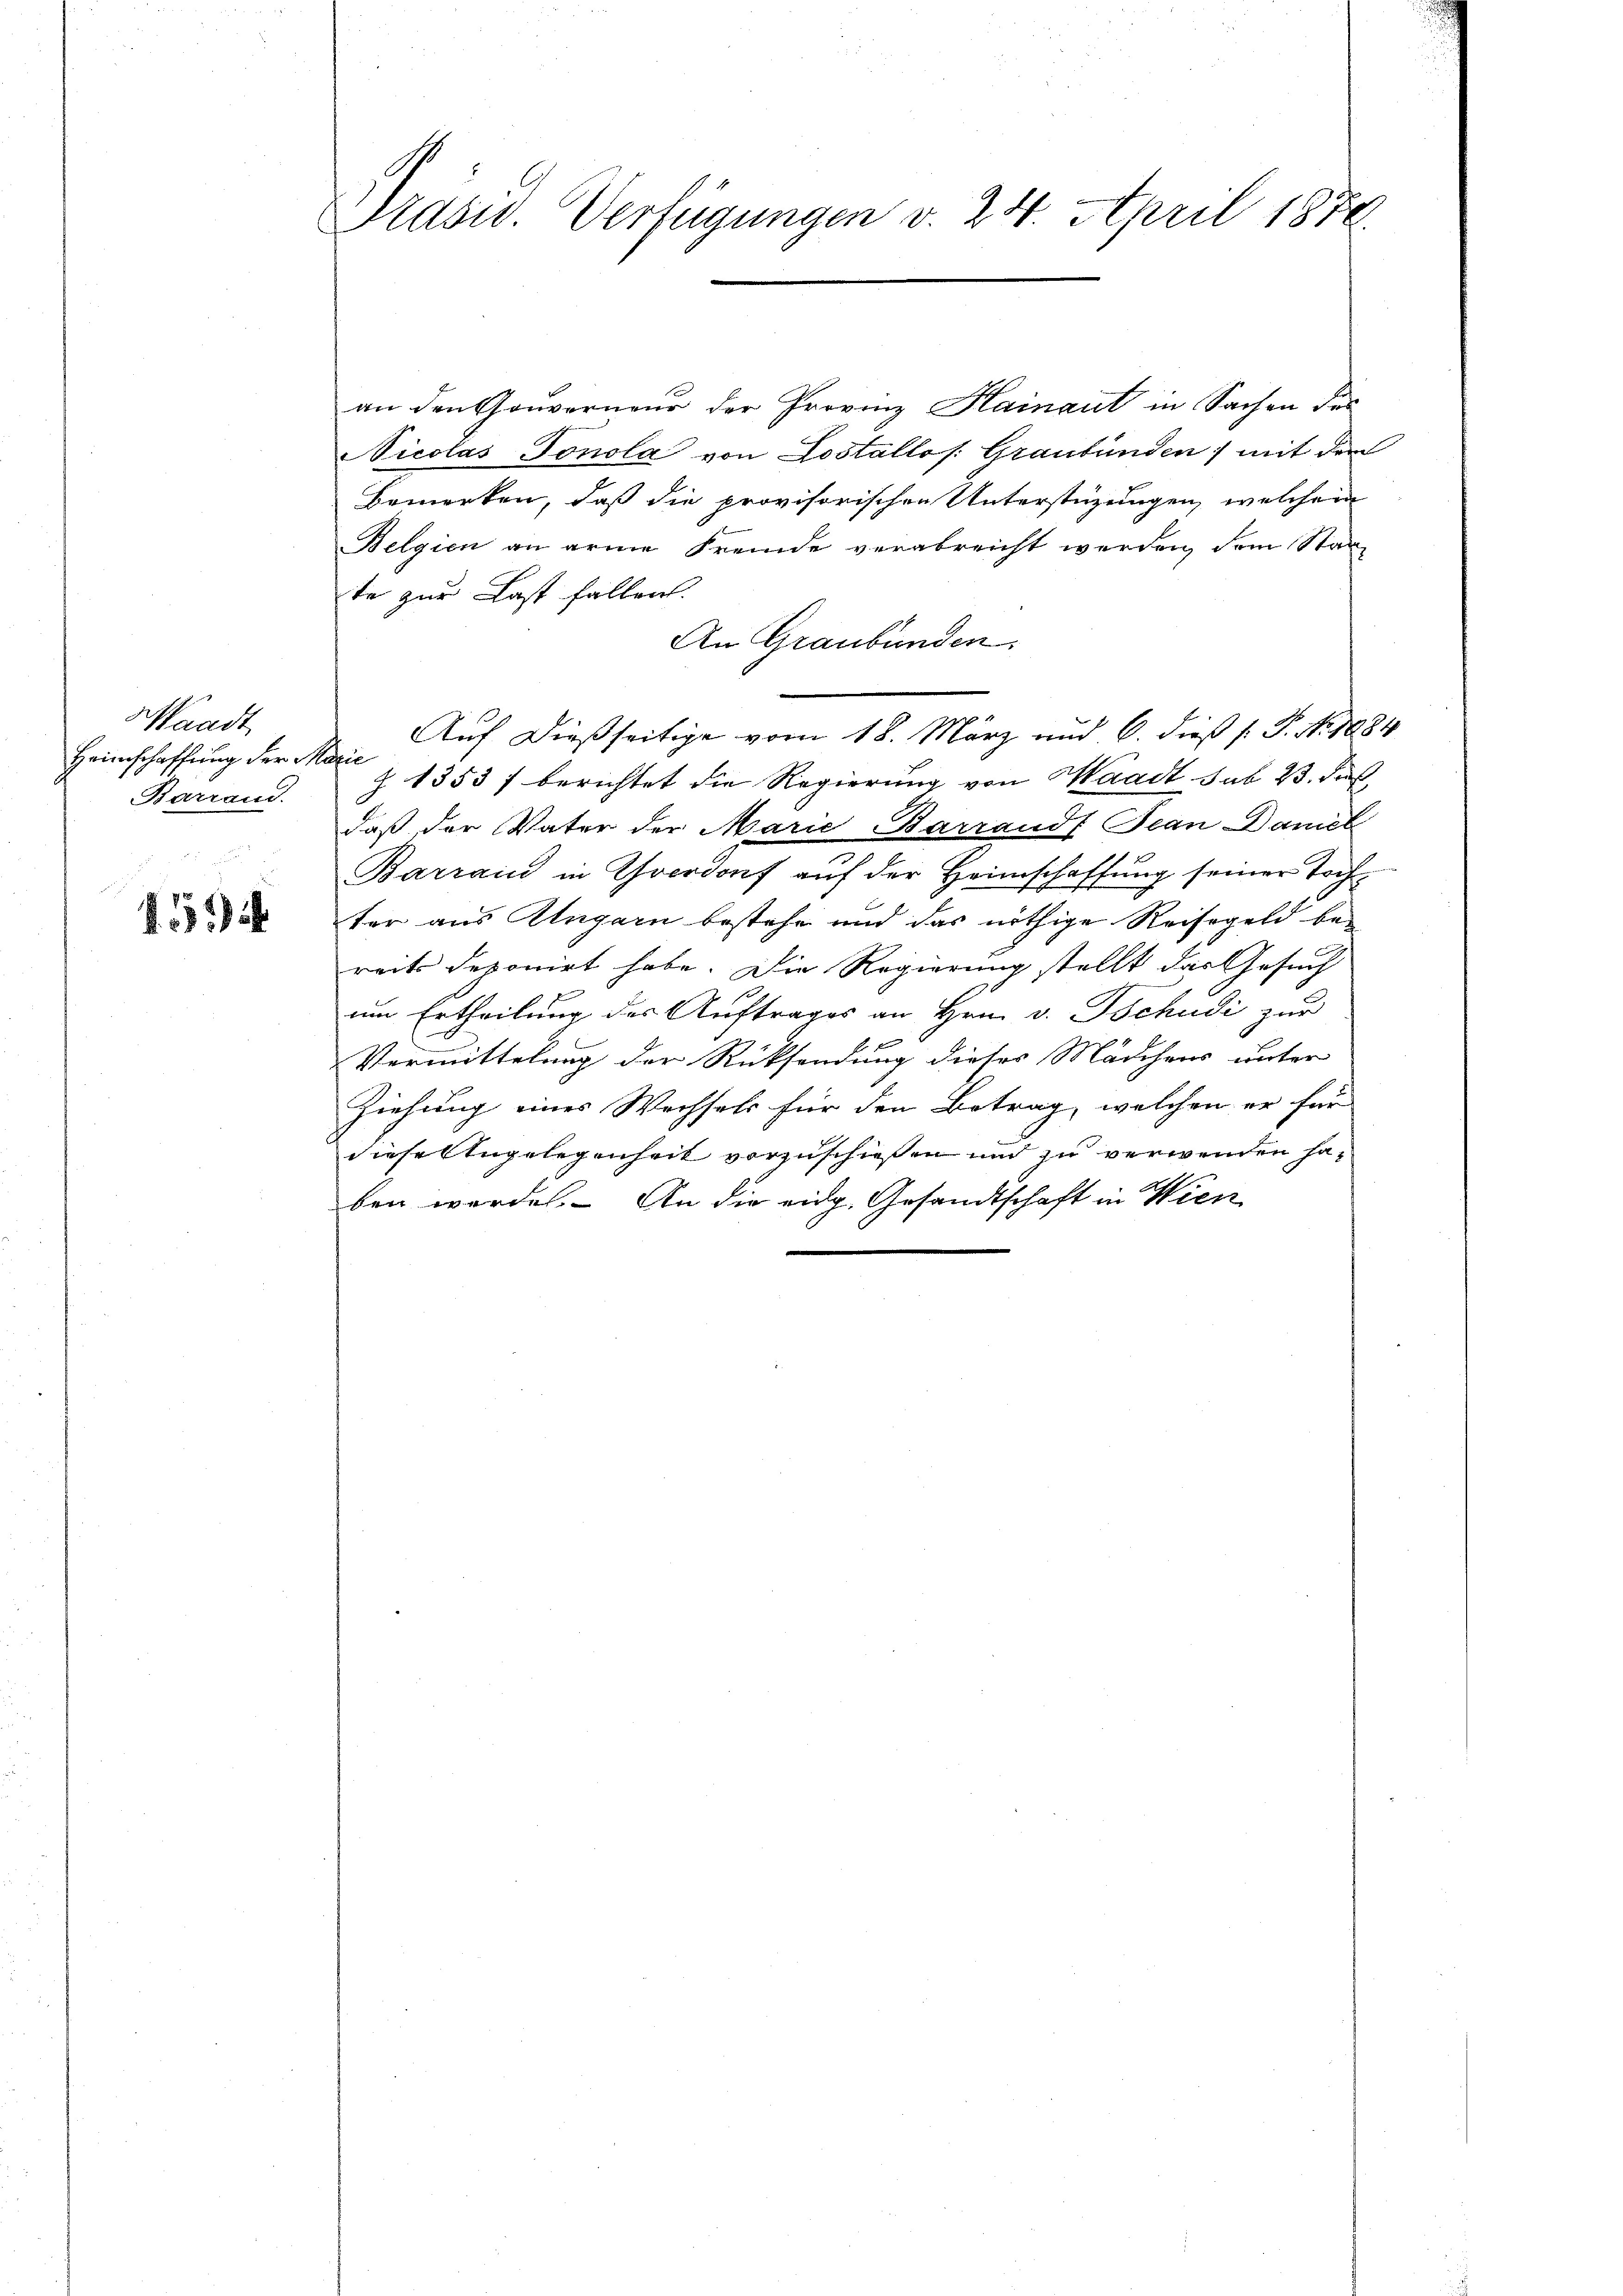
aadt
Heimschaffung der Marie
Barrand.

1534

Präsid. Verfügungen v. 24. April 1874.

an den Gouverneur der Provinz Hainant in Sachen des
Vicolas Tonola von Lostallos: Graubünden; mit dem
Bemerken, daß die provisorischen Unterstüzungen, welcher
Belgien an arme Fremde verabreicht werden, dem Stante zur Last fallen.
An Graubünden.
Auf dießseitige vom 18. März und 6. dieß (: P. Nr. 1884
Z. 1353 f berichtet die Regierung von Waadt sub 23. Fuß,
daß der Vater der Marie Barrands Jean Daniel
Barrain in Choerdorf auf der Heimschaffung seiner Toch
ter aus Ungarn bestehe und das nöthige Reisegeld bei
reits deponirt habe. Die Regierung stellt das Gesuch
um Ertheilung des Auftrages an Hrn. v. Tschudi zur
Vermittelung der Rücksendung dieses Mädchens unter
Ziehung eines Wechsels für den Betrag, welchen er für
diese Angelegenheit vorzuschießen und zu verwenden haben werde. An die eidg. Gesandtschaft in Wien